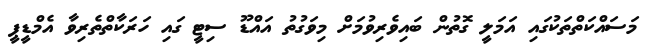
މަސައްކަތްތަކުގައި އަމަލީ ގޮތުން ބައިވެރިވުމަށް މިވަގުތު އައްޑޫ ސިޓީ ގައި ހަރަކާތްތެރިވާ އެމްޑީޕީ